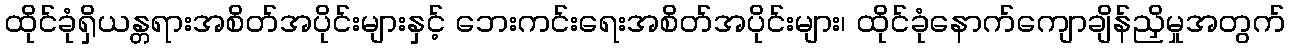
ထိုင်ခုံရှိယန္တရားအစိတ်အပိုင်းများနှင့် ဘေးကင်းရေးအစိတ်အပိုင်းများ၊ ထိုင်ခုံနောက်ကျောချိန်ညှိမှုအတွက်